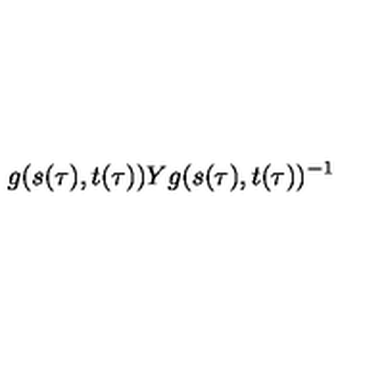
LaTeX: g ( s ( \tau ) , t ( \tau ) ) Y g ( s ( \tau ) , t ( \tau ) ) ^ { - 1 }